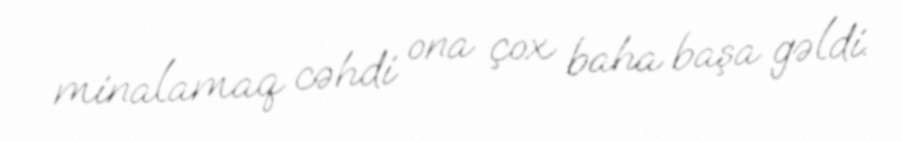
minalamaq cəhdi ona çox baha başa gəldi.